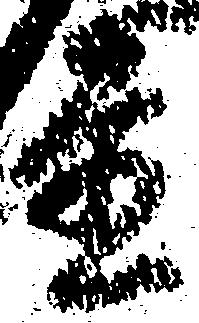
置